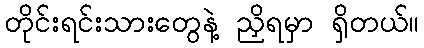
တိုင်းရင်းသားတွေနဲ့ ညှိရမှာ ရှိတယ်။